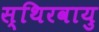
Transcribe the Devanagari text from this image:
स्थिरवायु